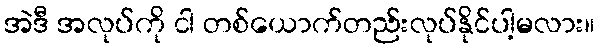
အဲဒီ အလုပ်ကို ငါ တစ်ယောက်တည်းလုပ်နိုင်ပါ့မလား။